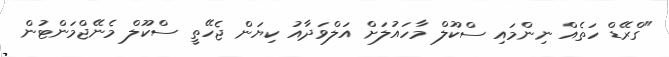
"ގްރޭޑް ހަތެއް ނިންމައި ސްކޫލް މާހައުލަށް އަލްވަދާއު ކިޔަން ޖެހޭތީ ސްކޫލް މެނޭޖްމަންޓުން